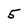
Character: 5